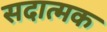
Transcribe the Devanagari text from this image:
सदात्मक